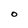
Character: O